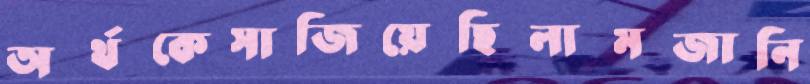
অর্থকেসাজিয়েছিলামজানি